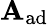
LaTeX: \mathbf{A}_{\mathrm{{ad}}}